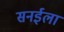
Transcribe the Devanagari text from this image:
सनईला